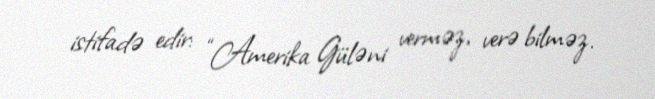
istifadə edir: “Amerika Güləni verməz, verə bilməz.